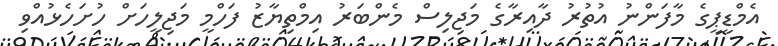
އެމްޑީޕީގެ މާފަންނު އުތުރު ދާއިރާގެ މަޖިލިސް މެންބަރު އިމްތިޔާޒު ފަހްމީ މަޖިލީހަށް ހުށަހެޅުއްވި